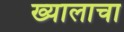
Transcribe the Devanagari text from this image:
ख्यालाचा